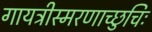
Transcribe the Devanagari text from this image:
गायत्रीस्मरणाच्छुचिः